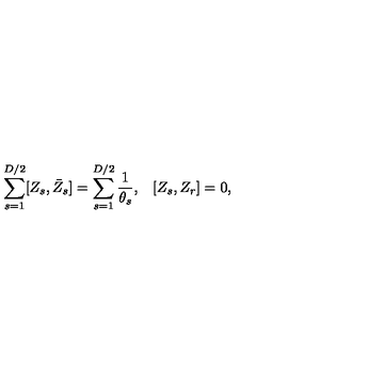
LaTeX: \begin{array} { l l } { \displaystyle { \sum _ { s = 1 } ^ { D / 2 } [ Z _ { s } , \bar { Z } _ { s } ] = \sum _ { s = 1 } ^ { D / 2 } \frac { 1 } { \theta _ { s } } } , } & { [ Z _ { s } , Z _ { r } ] = 0 , } \\ \end{array}